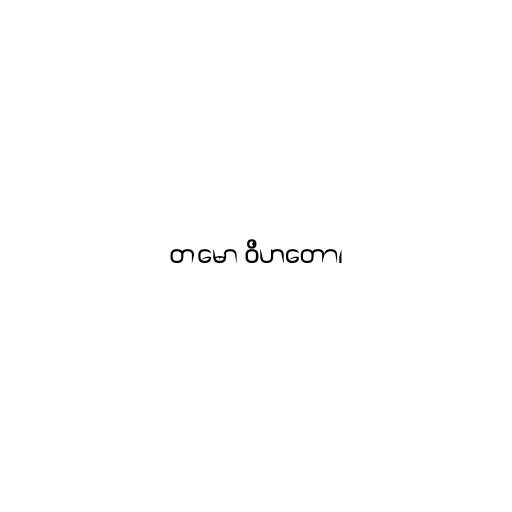
တမော ဝိဟတော၊